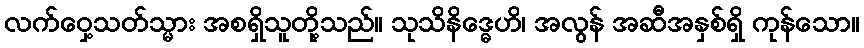
လက်ဝှေ့သတ်သ္မား အစရှိသူတို့သည်။ သုသိနိဒ္ဓေဟိ၊ အလွန် အဆီအနှစ်ရှိ ကုန်သော။